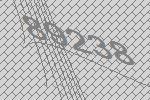
89238